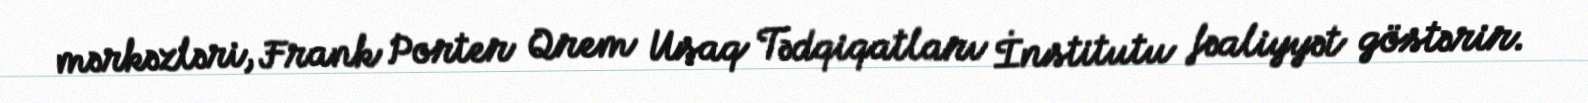
mərkəzləri, Frank Porter Qrem Uşaq Tədqiqatları İnstitutu fəaliyyət göstərir.